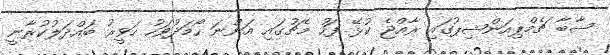
ސާބާ ޗެމްޕިއަންޝިޕުގައި ރާއްޖެ ކުޅޭ ފަހު މެޗުގައި އަންނަ ހޯމަދުވަހު ހަވީރު ބައްދަލުކުރާނީ